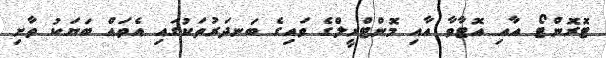
ޓޮރޮންޓޯ އާއި އޮޓާވާ އާއި މޮންޓްރީލްގެ ވައިގެ ބަނދަރުތަކުގައި އެތައް ބަޔަކު ތާށި